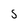
Character: S